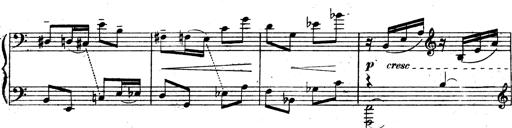
Title: 3 Sonatinas for Piano
Composer: Vissarion Shebalin